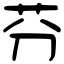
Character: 芬